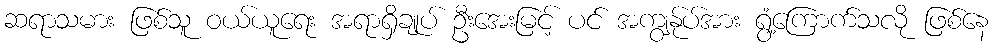
ဆရာသမား ဖြစ်သူ ဝယ်ယူရေး အရာရှိချုပ် ဦးအေးမြင့် ပင် အကျွန်ုပ်အား ရွံ့ကြောက်သလို ဖြစ်နေ